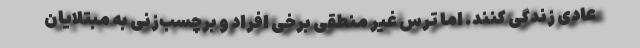
عادی زندگی کنند. اما ترس غیر منطقی برخی افراد و برچسب‌زنی به مبتلایان